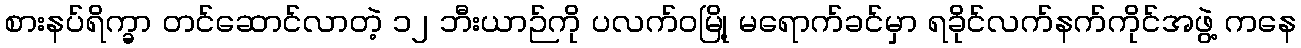
စားနပ်ရိက္ခာ တင်ဆောင်လာတဲ့ ၁၂ ဘီးယာဉ်ကို ပလက်ဝမြို့ မရောက်ခင်မှာ ရခိုင်လက်နက်ကိုင်အဖွဲ့ ကနေ